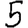
Digit: 5